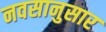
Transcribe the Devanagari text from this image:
नवसानुसार